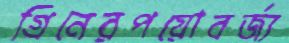
গ্রিনেরপয়োবর্জ্য